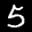
Label: 5